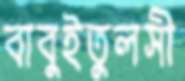
বাবুইতুলসী